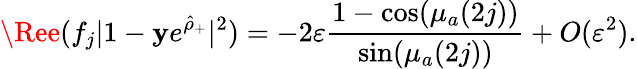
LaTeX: \Ree(f_{j}|1-\mathbf{y}e^{\hat{{\rho}}_{+}}|^{2})=-2\varepsilon\frac{{1-\cos(\mu_{a}(2j))}}{{\sin(\mu_{a}(2j))}}+O(\varepsilon^{2}).